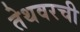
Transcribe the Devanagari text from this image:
तेथवरची